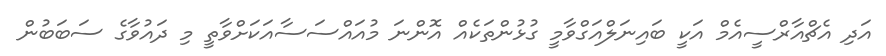
އަދި އެޗްއާރްސީއެމް އަކީ ބައިނަލްއަގްވާމީ ގުޅުންތަކެއް އޮންނަ މުއައްސަސާއަކަށްވާތީ މި ދައުވާގެ ސަބަބުން